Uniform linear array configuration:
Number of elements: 32
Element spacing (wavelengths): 1
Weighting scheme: hann
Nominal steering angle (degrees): -30
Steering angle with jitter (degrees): -29.141
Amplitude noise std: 0.05
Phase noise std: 0.05

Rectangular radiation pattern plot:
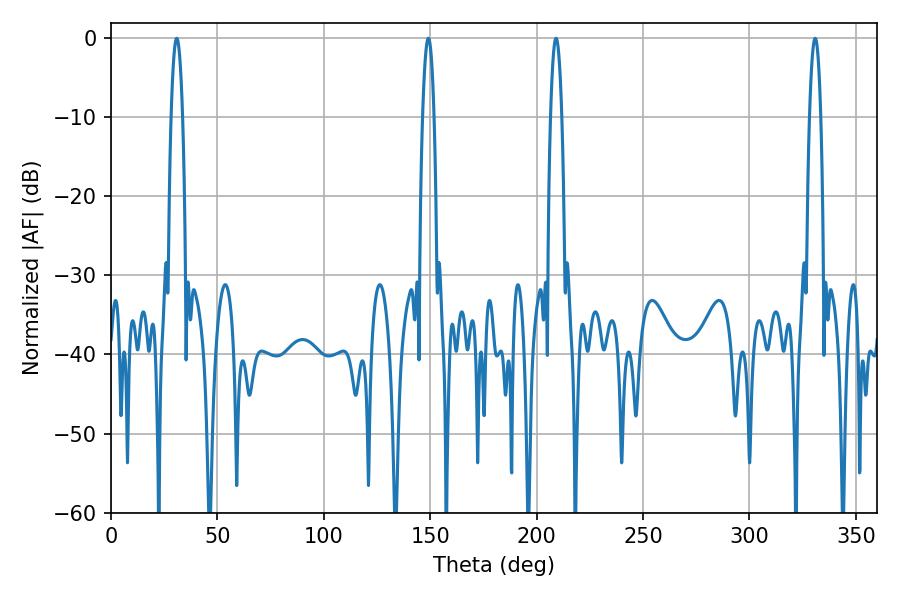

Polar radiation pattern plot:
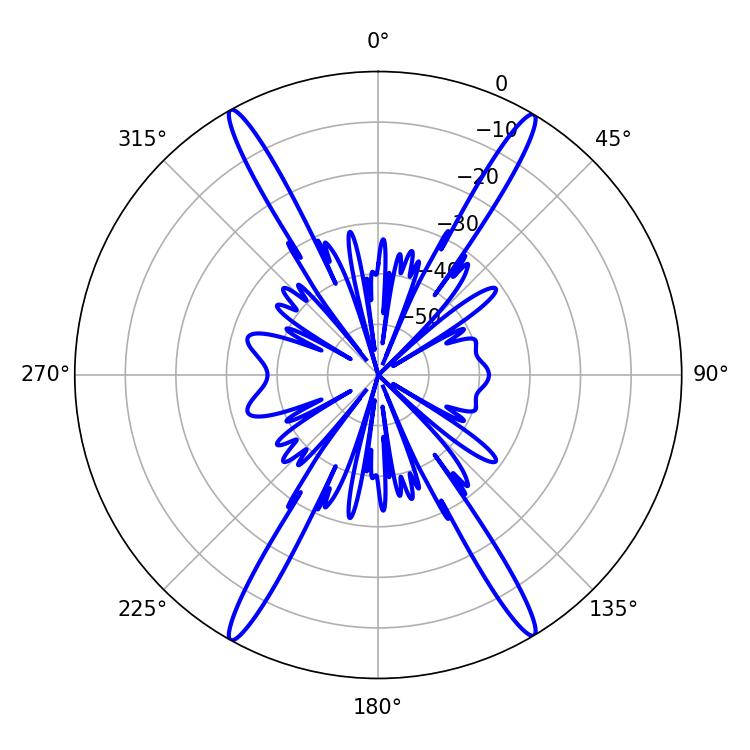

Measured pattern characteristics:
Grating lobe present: TRUE
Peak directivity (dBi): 27.115
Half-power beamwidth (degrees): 2.88
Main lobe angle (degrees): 330.84